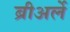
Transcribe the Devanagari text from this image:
ब्रीअर्ले